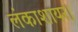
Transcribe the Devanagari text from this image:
लंकाशायर।